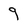
Character: 9